Trukikaitis_Postimees, lk 71
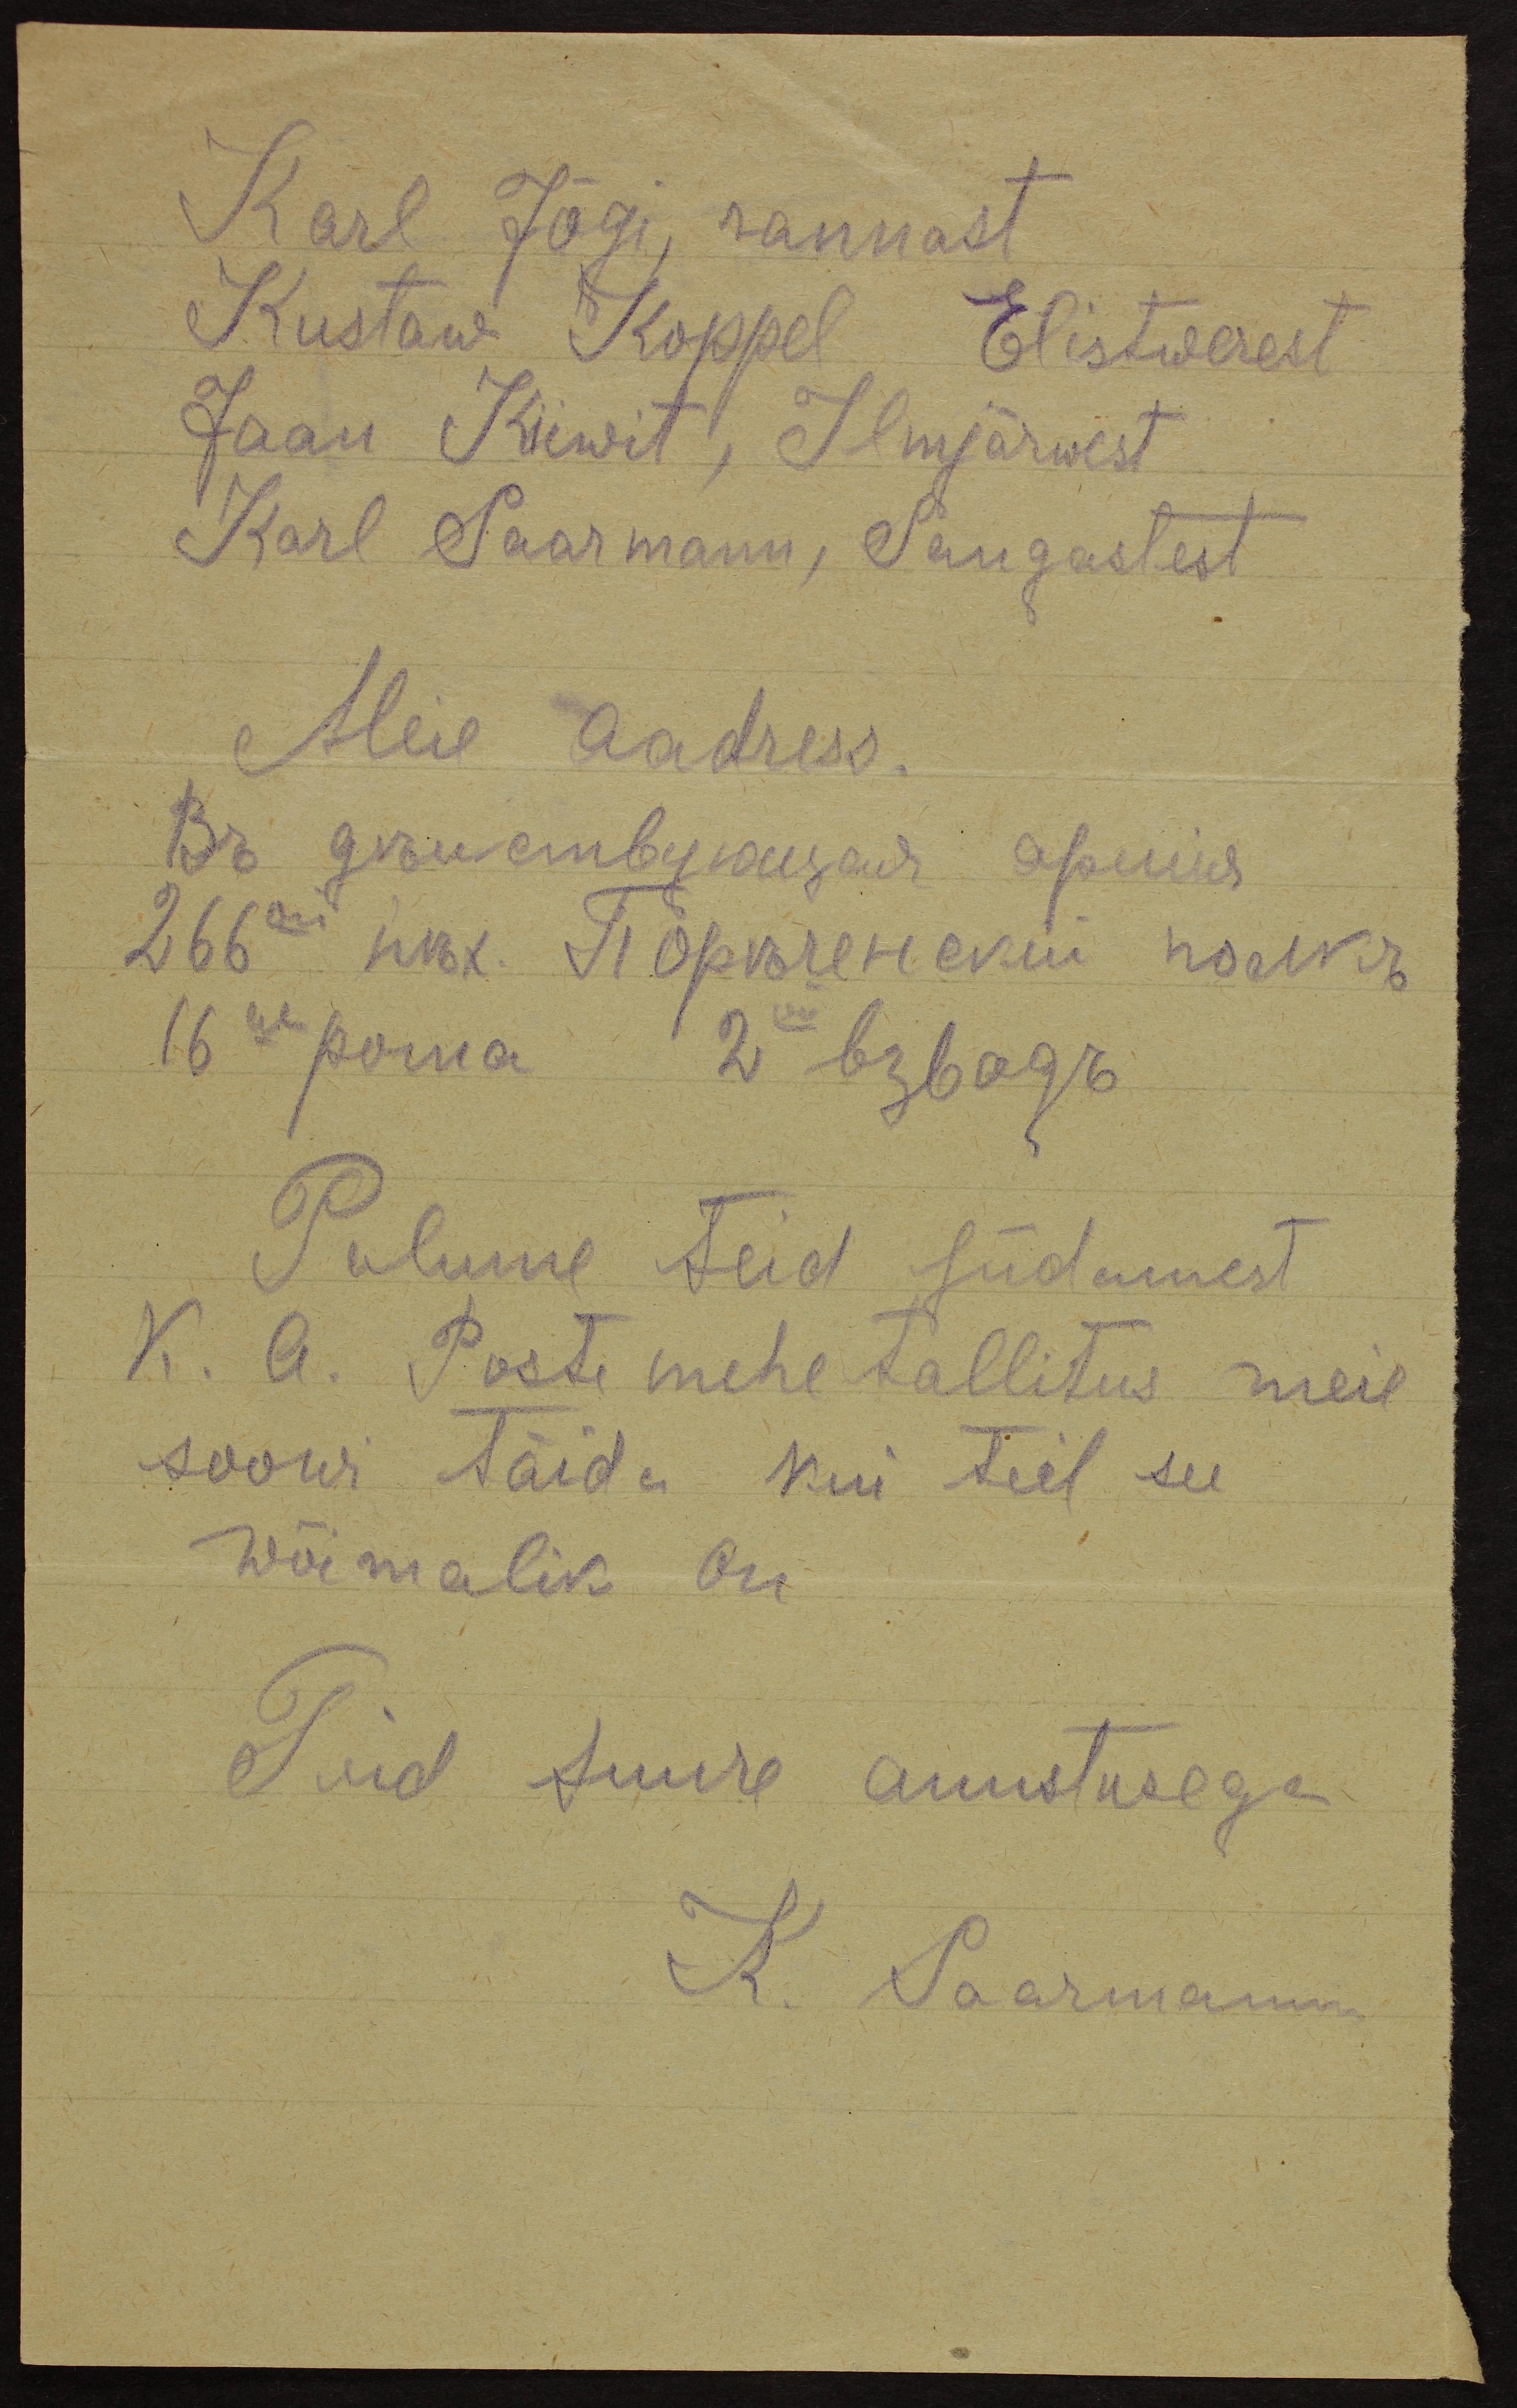
Karl Jõgi, rannast
Kustaw Koppel Elistwerest
Jaan Kiiwit, Ilmjärwest
Karl Saarmann, Sangastest
Meie aadress
Palume teid südamest
K. A. Postemehe tallitus meie
soowi täida kui teil see
wõimalik on
Teid suure auustusega
K. Saarmann